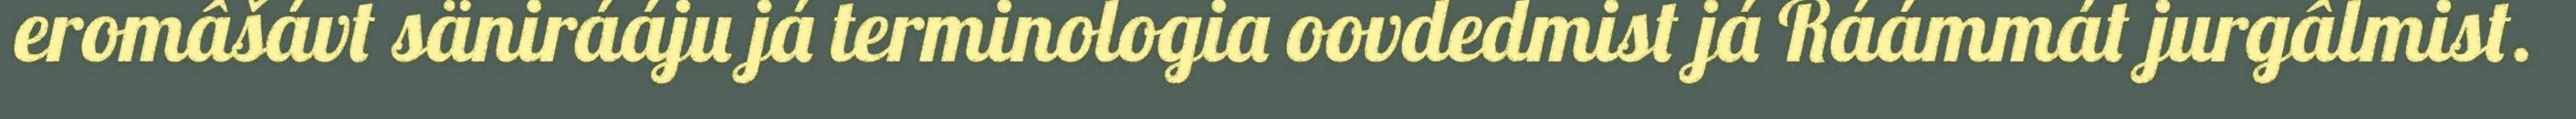
eromâšávt sänirááju já terminologia oovdedmist já Ráámmát jurgâlmist.